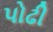
પોઢી